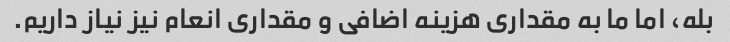
بله، اما ما به مقداری هزینه اضافی و مقداری انعام نیز نیاز داریم.